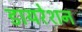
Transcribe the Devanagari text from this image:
डायरेशन